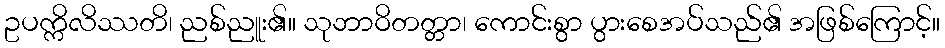
ဥပက္ကိလိဿတိ၊ ညစ်ညူး၏။ သုဘာဝိတတ္တာ၊ ကောင်းစွာ ပွားစေအပ်သည်၏ အဖြစ်ကြောင့်။